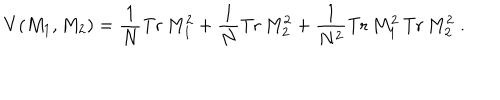
LaTeX: V ( M _ { 1 } , M _ { 2 } ) = \frac { 1 } { N } \mathrm { T r } \, M _ { 1 } ^ { 2 } + \frac { 1 } { N } \mathrm { T r } \, M _ { 2 } ^ { 2 } + \frac { 1 } { N ^ { 2 } } \mathrm { T r } \, M _ { 1 } ^ { 2 } \, \mathrm { T r } \, M _ { 2 } ^ { 2 } \; .